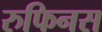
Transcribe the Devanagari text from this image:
रुफिनस